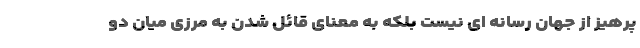
پرهیز از جهان رسانه ای نیست بلکه به معنای قائل شدن به مرزی میان دو